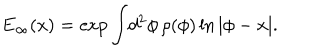
E _ { \infty } ( x ) = \exp \int \! d ^ { 2 } \phi \, \rho ( \phi ) \ln | \phi - x | .